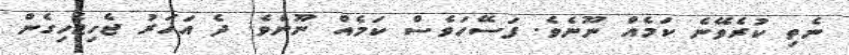
ނެތި ކުރެވޭނެ ކަމެއް ނޫނެވެ. ފަސޭހަވެސް ކަމެއް ނޫނެވެ. ދެ އަހަރު ޖެހިޖެހިގެން